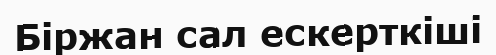
Біржан сал ескерткіші